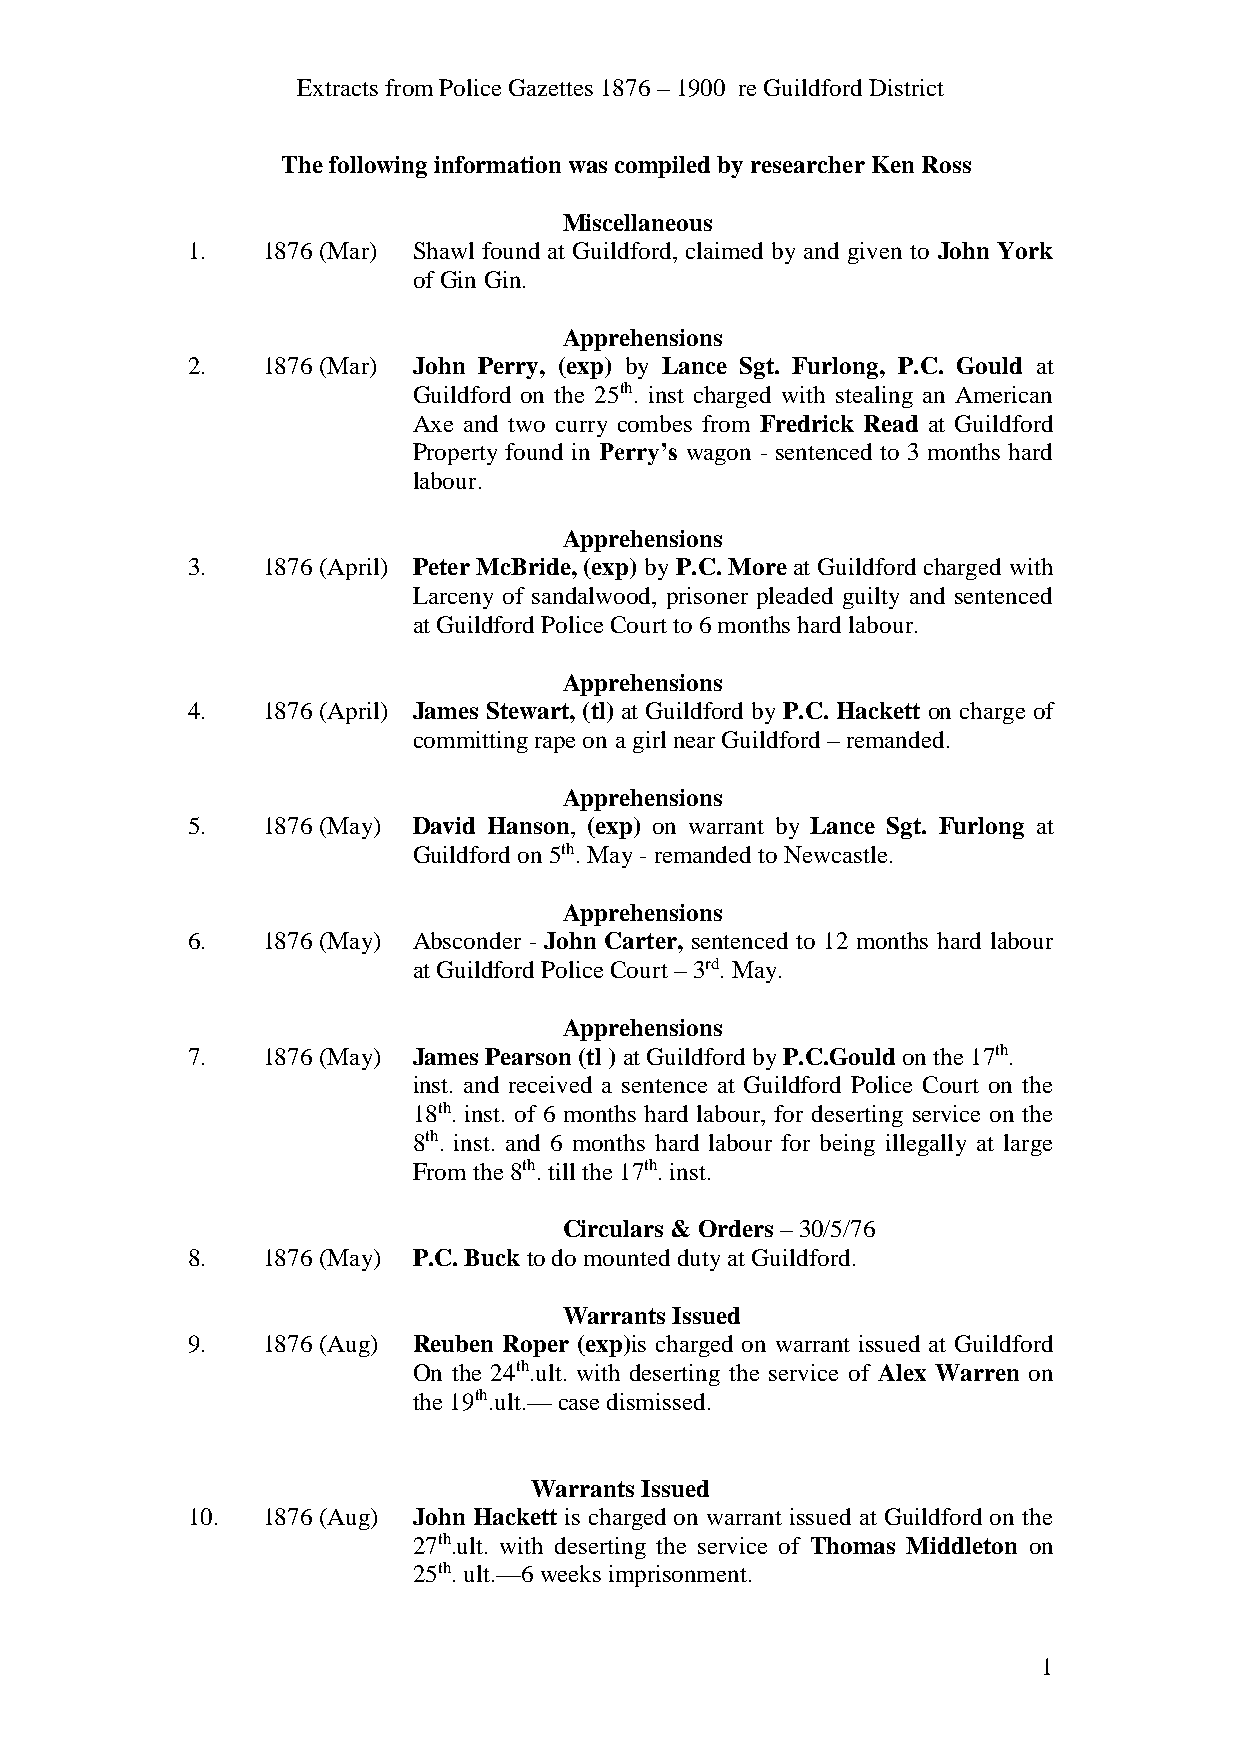
Extracts from Police Gazettes 1876 – 1900 re Guildford District
 The following information was compiled by researcher Ken Ross
 Miscellaneous
 1.   1876 (Mar) Shawl found at Guildford, claimed by and given to John York
 of Gin Gin.
 Apprehensions
 2.   1876 (Mar) John Perry, (exp) by Lance Sgt. Furlong, P.C. Gould at
 Guildford on the 25th. inst charged with stealing an American
 Axe and two curry combes from Fredrick Read at Guildford
 Property found in Perry’s wagon - sentenced to 3 months hard
 labour.
 Apprehensions
 3.   1876 (April) Peter McBride, (exp) by P.C. More at Guildford charged with
 Larceny of sandalwood, prisoner pleaded guilty and sentenced
 at Guildford Police Court to 6 months hard labour.
 Apprehensions
 4.   1876 (April) James Stewart, (tl) at Guildford by P.C. Hackett on charge of
 committing rape on a girl near Guildford – remanded.
 Apprehensions
 5.   1876 (May) David Hanson, (exp) on warrant by Lance Sgt. Furlong at
 Guildford on 5th. May - remanded to Newcastle.
 Apprehensions
 6.   1876 (May) Absconder - John Carter, sentenced to 12 months hard labour
 at Guildford Police Court – 3rd. May.
 Apprehensions
 7.   1876 (May) James Pearson (tl ) at Guildford by P.C.Gould on the 17th.
 inst. and received a sentence at Guildford Police Court on the
 18th. inst. of 6 months hard labour, for deserting service on the
 8th. inst. and 6 months hard labour for being illegally at large
 From the 8th. till the 17th. inst.
 Circulars & Orders – 30/5/76
 8.   1876 (May) P.C. Buck to do mounted duty at Guildford.
 Warrants Issued
 9.   1876 (Aug) Reuben Roper (exp)is charged on warrant issued at Guildford
 On the 24th.ult. with deserting the service of Alex Warren on
 the 19th.ult.— case dismissed.
 Warrants Issued
 10.  1876 (Aug) John Hackett is charged on warrant issued at Guildford on the
 27th.ult. with deserting the service of Thomas Middleton on
 25th. ult.—6 weeks imprisonment.
 1